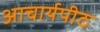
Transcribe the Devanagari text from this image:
अाचार्यपीठ